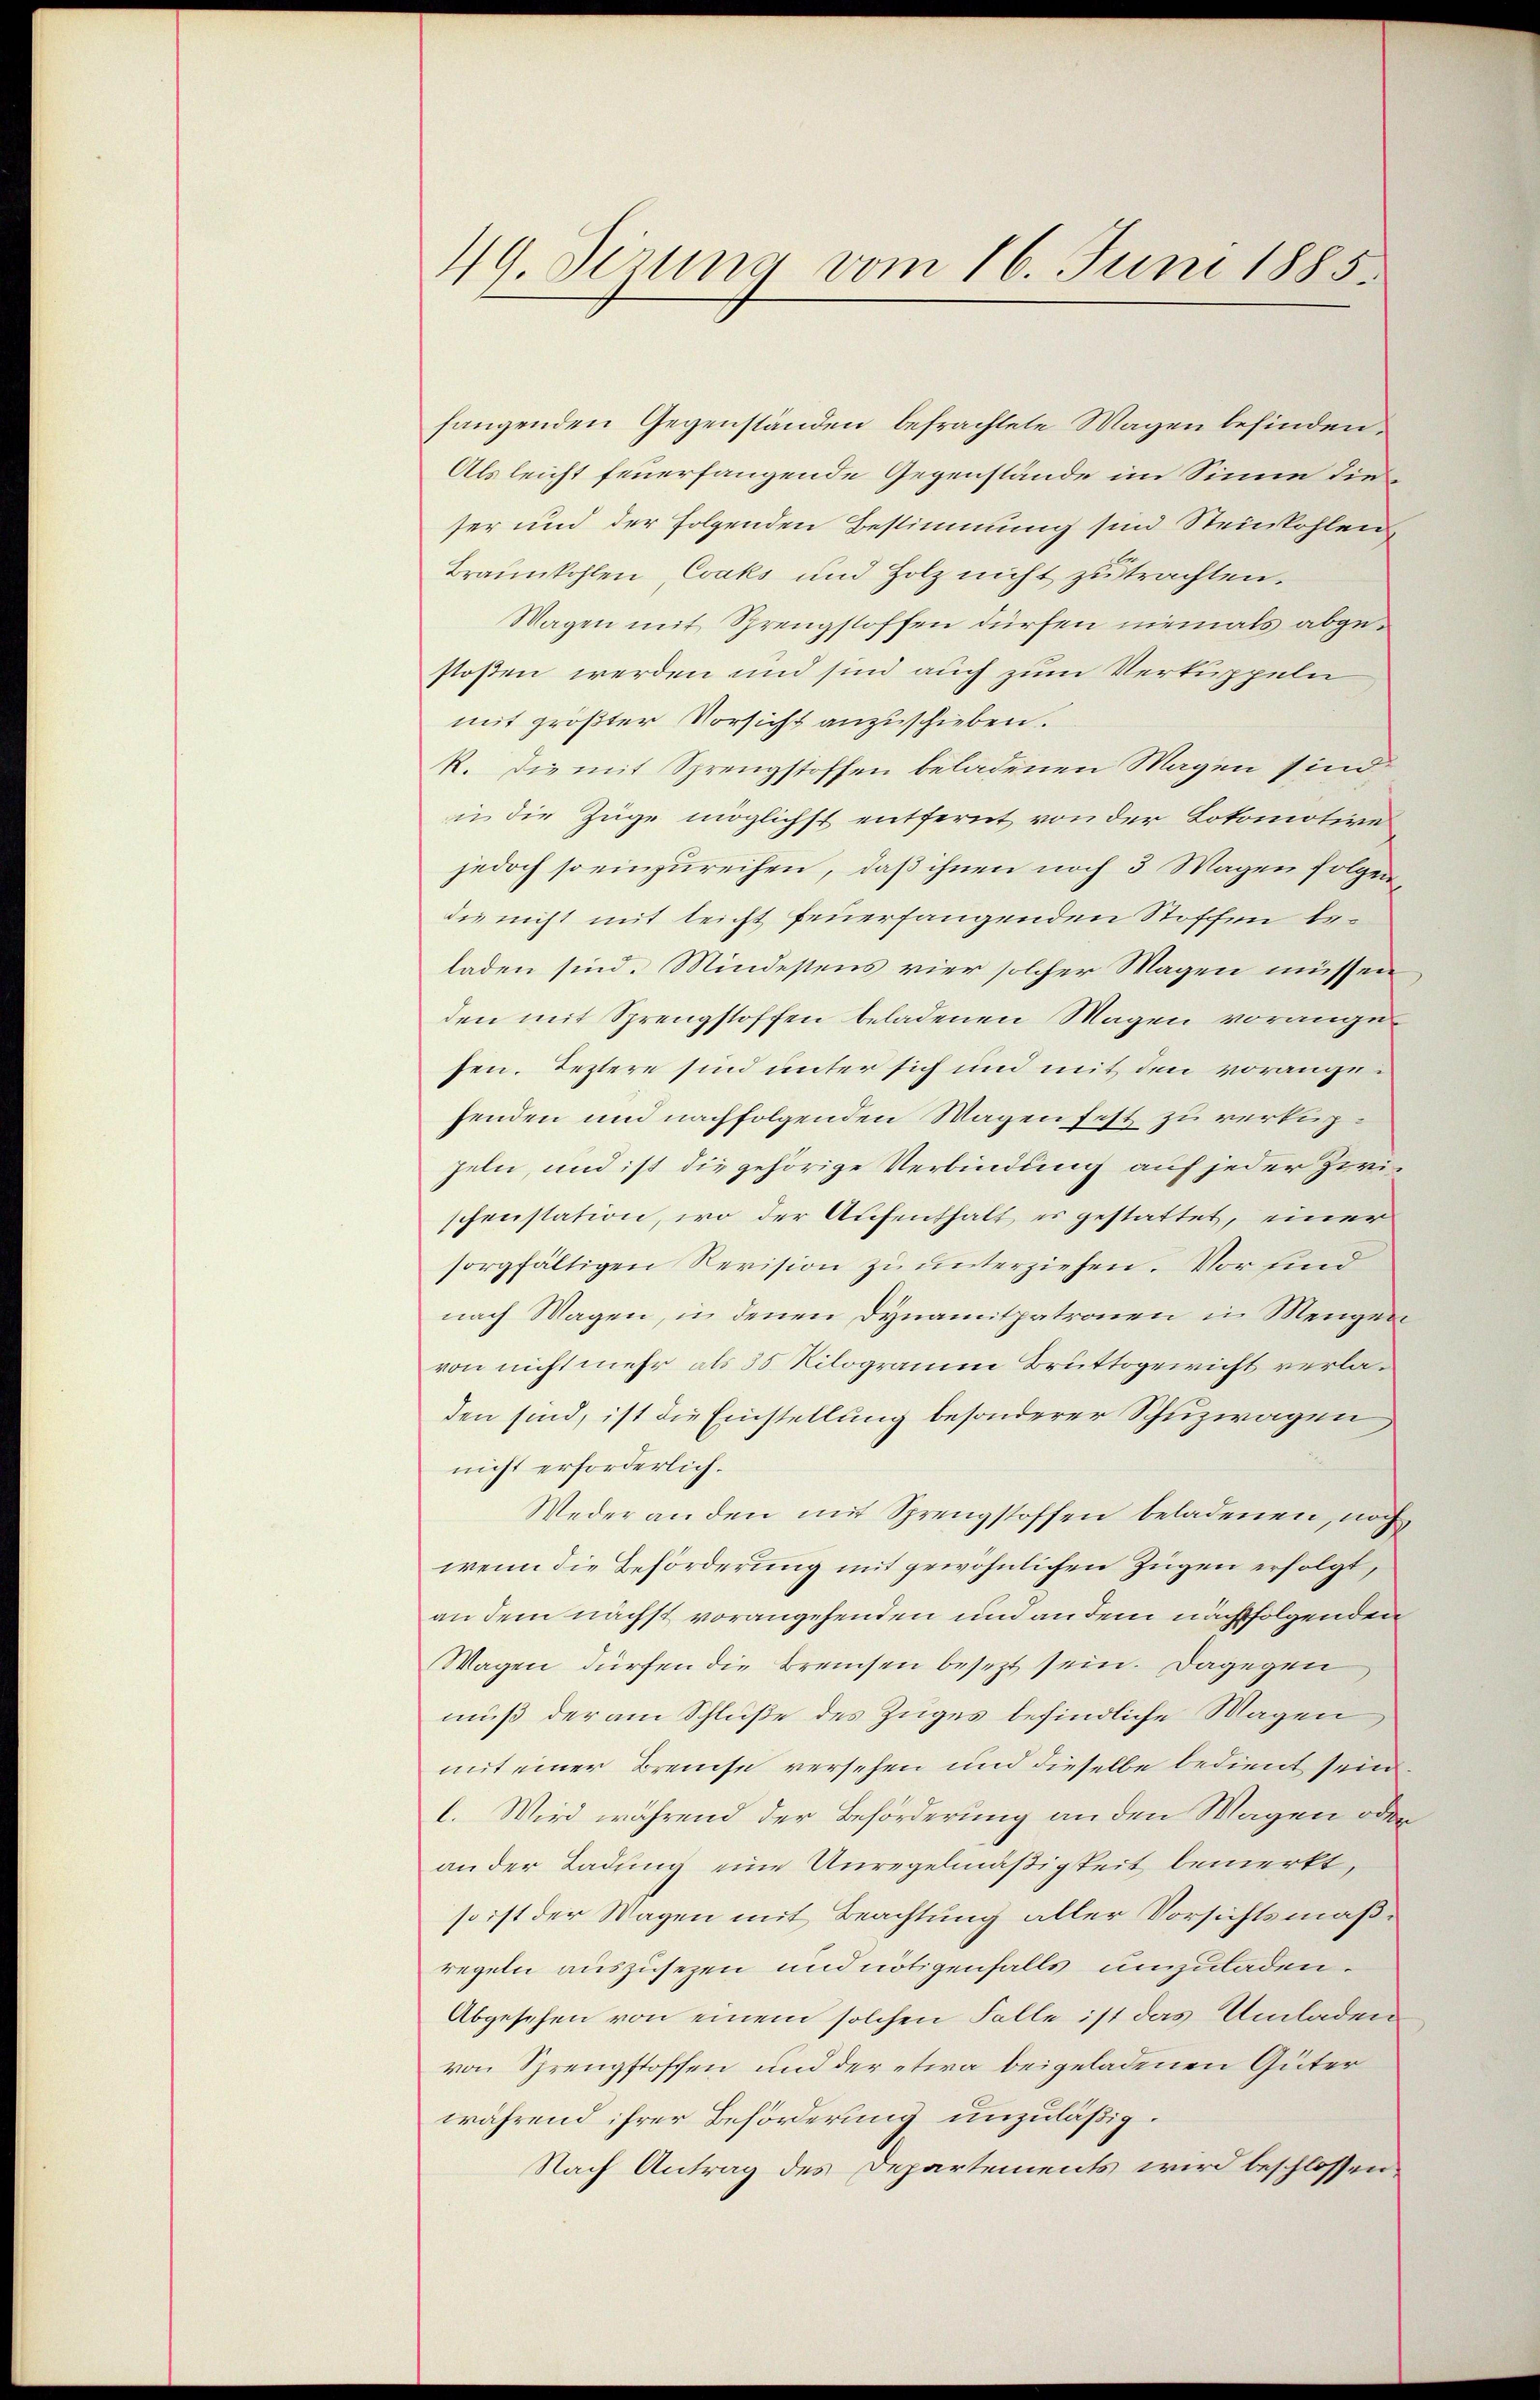
49. Derung vom 16. Juni 1885.

hangenden Gegenständen befrachtete Magen befinden.
Als leicht feuerfangende Gegenstände im Sinne dieser und der folgenden Bestimmung sind Steinkohlen
Braunkohlen, Coaks und Holz nicht zutrachten.
Wagen mit Sprengstoffen dürfen niemals abgestoßen werden und sind auch zum Verkuppeln
mit größter Vorsicht anzuschieben.
R. Die mit Sprengstoffen beladenen Magen sind
nn die Züge möglichst entfernt von der Lokomotive
jedoch so einzureihen, daß ihnen noch 3 Wagen folgen
die nicht mit leicht feuerfangenden Stoffen beladen sind. Mindestens vier solcher Magen müssen
den mit Sprengstoffen beladenen Magen vorangesen. Teztere sind unter sich und mit den vorangehenden und nachfolgenden Wagen fest zu verkng¬
Zeln, und ist die gehörige Verbindung auf jeder Zwischenstation, wo der Aufenthalt es gestattet, einer
sorgfältigen Revision zu unterziehen. Vor sind
nach Wagen, in denen Dynamitpatronen in Mengen
von nicht mehr als 35 Kilogramm Bruttogewicht verladen sind, ist die Einstellung besonderer Schuzwagen
nicht erforderlich.
Weder an den mit Sprengstoffen beladenen, noch
wenn die Beförderung mit gewöhnlichen Zügen erfolgt,
an dem nächst vorangehenden und an dem nachfolgenden
Wagen dürfen die Bremsen besezt sein. Dagegen
muß der am Schluße des Zuges befindliche Magen
mit einer Breuse versehen und dieselbe bedient sein.
l. Wird während der Beförderung an den Wagen oder
an der Ladung eine Unregelmäßigkeit bemerkt,
so ist der Wagen mit Beachtung aller Vorsichtsmäßregeln auszusezen und nötigenfalls unzuladen.
Abgesehen von einem solchen Falle ist das Umladen
von Sprengstoffen und der etwa beigeladenen Güter
während ihrer Beförderung unzuläßig.
Nach Antrag des Departements wird beschlossen.